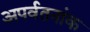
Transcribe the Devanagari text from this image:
अपर्वतनांक